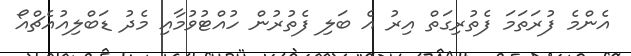
އެންމެ ފުރަތަމަ ފެތުރިގަތް އިރު އެ ބަލި ފެތުރުން ހުއްޓުވުމާއި މެދު ޑަބްލިއުއެޗްއޯ